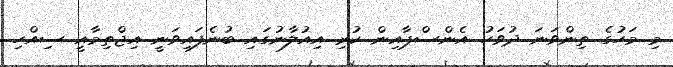
މި މަހުގެ ތިންވަނަ ދުވަހު އެންސްޕާއިން ކުރި އިއުލާނުގައި ބުނެފައިވަނީ އިޖްތިމާއީ ސިއްހި